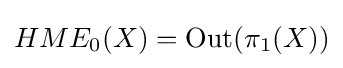
HME_{0}(X)={\rm {Out}}(\pi _{1}(X))